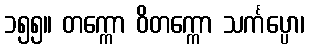
၁၅၅။ တက္ကော ဝိတက္ကော သင်္ကပ္ပော၊